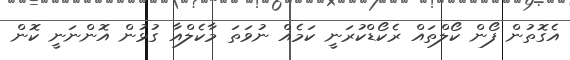
އެގޮތުން ފޯން ކޯލްތައް ރެކޯޑްކުރަނީ ކަމެއް ނުވަތަ މާކެލްއާ ގުޅުން އޮންނަނީ ކޮން